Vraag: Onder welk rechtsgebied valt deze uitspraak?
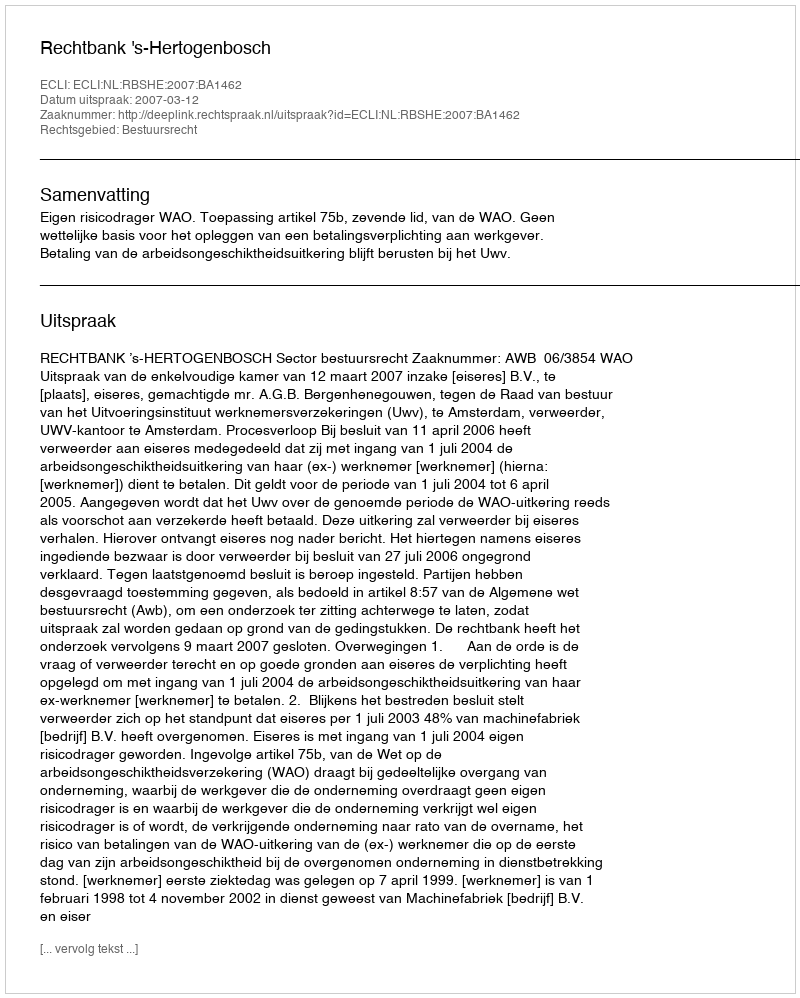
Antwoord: Bestuursrecht